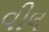
વીલ